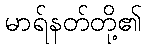
မာရ်နတ်တို့၏